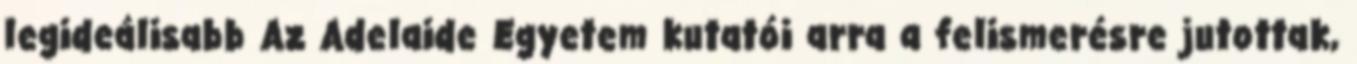
legideálisabb Az Adelaide Egyetem kutatói arra a felismerésre jutottak,